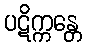
ပဋိက္ကန္တေ